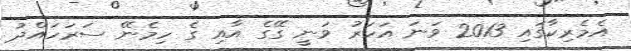
އެމެރިކާގައި 2013 ވަނަ އަހަރު ވަނީ ގޭގެ އާއި ގެ ހިމެނޭ ސަރަހައްދު